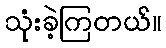
သုံးခဲ့ကြတယ်။